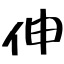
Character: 伸